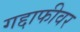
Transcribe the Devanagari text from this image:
गद्दाफीवर